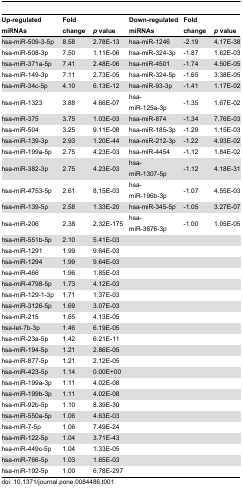
<table><thead><tr><td><b>Up-regulated miRNAs</b></td><td><b>Fold change</b></td><td><b><i>p</i> value</b></td><td><b>Down-regulated miRNAs</b></td><td><b>Fold change</b></td><td><b><i>p</i> value</b></td></tr></thead><tbody><tr><td>hsa-miR-509-3-5p</td><td>8.58</td><td>2.78E-13</td><td>hsa-miR-1246</td><td>-2.19</td><td>4.17E-38</td></tr><tr><td>hsa-miR-508-3p</td><td>7.50</td><td>1.11E-06</td><td>hsa-miR-324-3p</td><td>-1.87</td><td>1.62E-03</td></tr><tr><td>hsa-miR-371a-5p</td><td>7.41</td><td>2.48E-06</td><td>hsa-miR-4501</td><td>-1.74</td><td>4.50E-05</td></tr><tr><td>hsa-miR-149-3p</td><td>7.11</td><td>2.73E-05</td><td>hsa-miR-324-5p</td><td>-1.65</td><td>3.38E-05</td></tr><tr><td>hsa-miR-34c-5p</td><td>4.10</td><td>6.13E-12</td><td>hsa-miR-93-3p</td><td>-1.41</td><td>1.17E-02</td></tr><tr><td>hsa-miR-1323</td><td>3.88</td><td>4.66E-07</td><td>hsa-miR-125a-3p</td><td>-1.35</td><td>1.67E-02</td></tr><tr><td>hsa-miR-375</td><td>3.75</td><td>1.03E-03</td><td>hsa-miR-874</td><td>-1.34</td><td>7.76E-03</td></tr><tr><td>hsa-miR-504</td><td>3.25</td><td>9.11E-08</td><td>hsa-miR-185-3p</td><td>-1.29</td><td>1.15E-03</td></tr><tr><td>hsa-miR-139-3p</td><td>2.93</td><td>1.20E-44</td><td>hsa-miR-212-3p</td><td>-1.22</td><td>4.93E-02</td></tr><tr><td>hsa-miR-199a-5p</td><td>2.75</td><td>4.23E-03</td><td>hsa-miR-4454</td><td>-1.12</td><td>1.84E-02</td></tr><tr><td>hsa-miR-382-3p</td><td>2.75</td><td>4.23E-03</td><td>hsa-miR-1307-5p</td><td>-1.12</td><td>4.18E-31</td></tr><tr><td>hsa-miR-4753-5p</td><td>2.61</td><td>8.15E-03</td><td>hsa-miR-196b-3p</td><td>-1.07</td><td>4.55E-03</td></tr><tr><td>hsa-miR-139-5p</td><td>2.58</td><td>1.33E-20</td><td>hsa-miR-345-5p</td><td>-1.05</td><td>3.27E-07</td></tr><tr><td>hsa-miR-206</td><td>2.38</td><td>2.32E-175</td><td>hsa-miR-3676-3p</td><td>-1.00</td><td>1.05E-05</td></tr><tr><td>hsa-miR-551b-5p</td><td>2.10</td><td>5.41E-03</td><td></td><td></td><td></td></tr><tr><td>hsa-miR-1291</td><td>1.99</td><td>9.64E-03</td><td></td><td></td><td></td></tr><tr><td>hsa-miR-1294</td><td>1.99</td><td>9.64E-03</td><td></td><td></td><td></td></tr><tr><td>hsa-miR-466</td><td>1.96</td><td>1.85E-03</td><td></td><td></td><td></td></tr><tr><td>hsa-miR-4798-5p</td><td>1.73</td><td>4.12E-03</td><td></td><td></td><td></td></tr><tr><td>hsa-miR-129-1-3p</td><td>1.71</td><td>1.37E-03</td><td></td><td></td><td></td></tr><tr><td>hsa-miR-3126-5p</td><td>1.69</td><td>3.07E-03</td><td></td><td></td><td></td></tr><tr><td>hsa-miR-215</td><td>1.65</td><td>4.13E-05</td><td></td><td></td><td></td></tr><tr><td>hsa-let-7b-3p</td><td>1.46</td><td>6.19E-05</td><td></td><td></td><td></td></tr><tr><td>hsa-miR-23a-5p</td><td>1.42</td><td>6.21E-11</td><td></td><td></td><td></td></tr><tr><td>hsa-miR-194-5p</td><td>1.21</td><td>2.86E-05</td><td></td><td></td><td></td></tr><tr><td>hsa-miR-877-5p</td><td>1.21</td><td>2.12E-05</td><td></td><td></td><td></td></tr><tr><td>hsa-miR-423-5p</td><td>1.14</td><td>0.00E+00</td><td></td><td></td><td></td></tr><tr><td>hsa-miR-199a-3p</td><td>1.11</td><td>4.02E-08</td><td></td><td></td><td></td></tr><tr><td>hsa-miR-199b-3p</td><td>1.11</td><td>4.02E-08</td><td></td><td></td><td></td></tr><tr><td>hsa-miR-92b-5p</td><td>1.10</td><td>8.39E-30</td><td></td><td></td><td></td></tr><tr><td>hsa-miR-550a-5p</td><td>1.06</td><td>4.63E-03</td><td></td><td></td><td></td></tr><tr><td>hsa-miR-7-5p</td><td>1.06</td><td>7.49E-24</td><td></td><td></td><td></td></tr><tr><td>hsa-miR-122-5p</td><td>1.04</td><td>3.71E-43</td><td></td><td></td><td></td></tr><tr><td>hsa-miR-449c-5p</td><td>1.04</td><td>1.33E-05</td><td></td><td></td><td></td></tr><tr><td>hsa-miR-766-5p</td><td>1.03</td><td>1.65E-03</td><td></td><td></td><td></td></tr><tr><td>hsa-miR-192-5p</td><td>1.00</td><td>6.78E-297</td><td></td><td></td><td></td></tr></tbody></table>